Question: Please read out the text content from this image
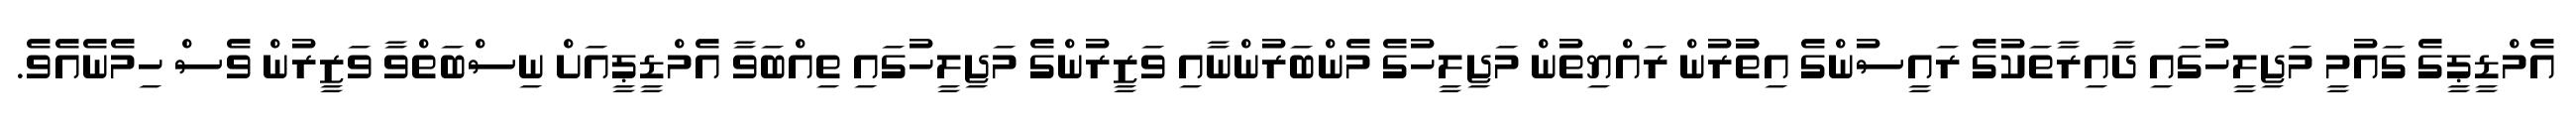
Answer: އެމްޑީޕީގެ ގައުމީ މަޖިލީހުގައި ދާއިރާތަކުގެ ރައީސުންގެ އިތުުރުން ރައްޔިތުން މަޖިލީހުގެ މެންބަރުންނާއި ވަޒީރުންގެ މަޖިލީހުގައި ތިއްބަވާ އެމްޑީޕީއަށް ނިސްބަތްވާ ވަޒީރުން ވެސް ހިމެނެއެވެ.